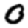
Digit: 0